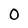
Character: O